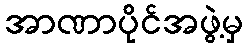
အာဏာပိုင်အဖွဲ့မှ